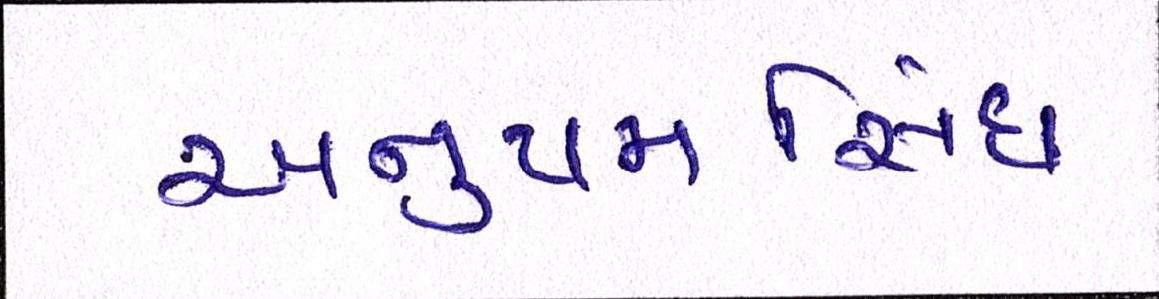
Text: અનુપમસિંઘ